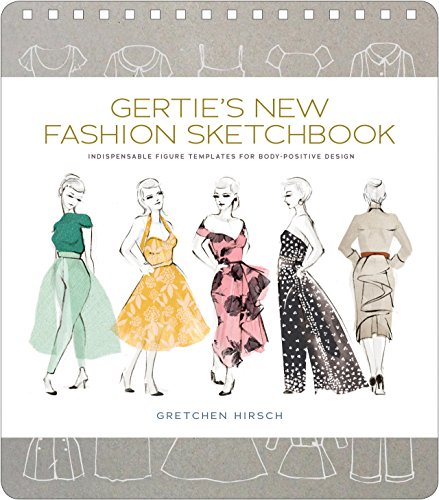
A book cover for Gertie's New Fashion Sketchbook: Indispensable Figure Templates for Body-Positive Design; Gretchen Hirsch; Crafts, Hobbies & Home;